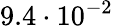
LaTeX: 9.4\cdot 10^{-2}